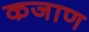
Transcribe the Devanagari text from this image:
कजाण